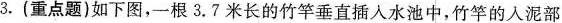
3.(重点题)如下图，一根3.7米长的竹竿垂直插入水池中，竹竿的入泥部